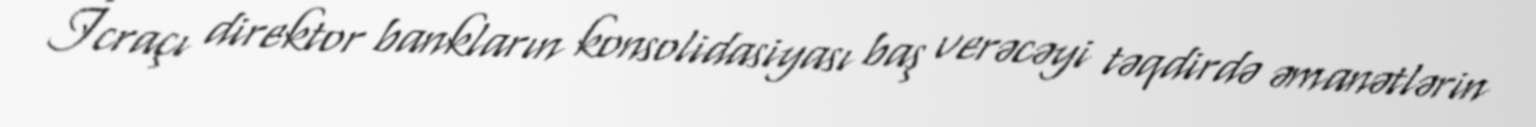
İcraçı direktor bankların konsolidasiyası baş verəcəyi təqdirdə əmanətlərin